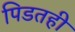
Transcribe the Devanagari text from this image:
पिडतही